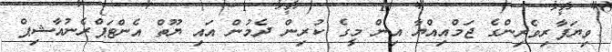
ވިޔަފާރިވެރިންގެ ޖަމްއިއްޔާ އިން މީގެ ކުރިން ދެމުން އައި ޔޫތް އެންޓަޕްރެނުއާޝިޕް